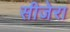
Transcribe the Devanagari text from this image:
सीजेरा